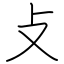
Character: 攴